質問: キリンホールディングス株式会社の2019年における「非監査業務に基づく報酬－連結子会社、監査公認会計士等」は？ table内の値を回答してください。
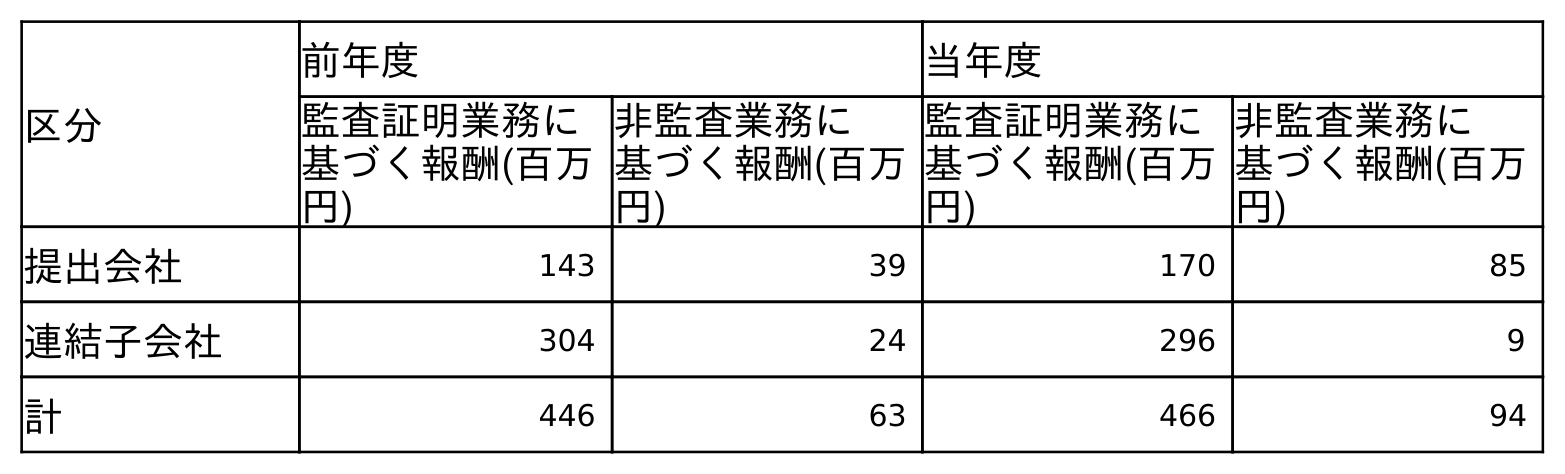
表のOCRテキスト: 区分 前年度 当年度 監査証明業務に 基づく報酬(百万 円) 非監査業務に 基づく報酬(百万 円) 監査証明業務に 基づく報酬(百万 円) 非監査業務に 基づく報酬(百万 円) 提出会社 143 39 170 85 連結子会社 304 24 296 9 計 446 63 466 94
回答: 24